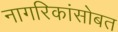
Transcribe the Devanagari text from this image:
नागरिकांसोबत